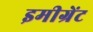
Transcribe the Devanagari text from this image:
इमीग्रेंट